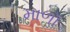
માળૉ